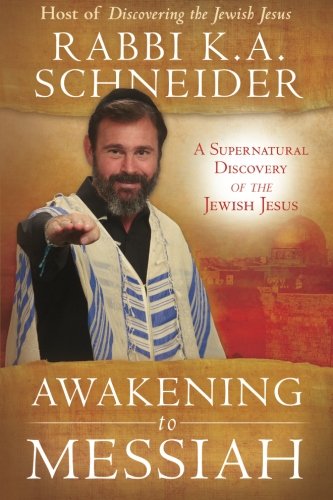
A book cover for Awakening to Messiah: A Supernatural Discovery of the Jewish Jesus; Rabbi K.A. Schneider; Christian Books & Bibles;